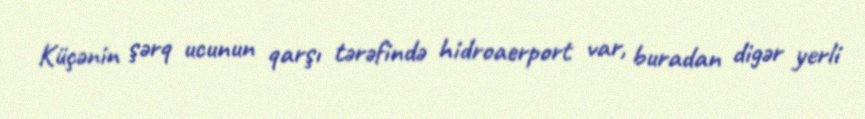
Küçənin şərq ucunun qarşı tərəfində hidroaerport var, buradan digər yerli